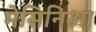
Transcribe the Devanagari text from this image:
मेसिनिआ